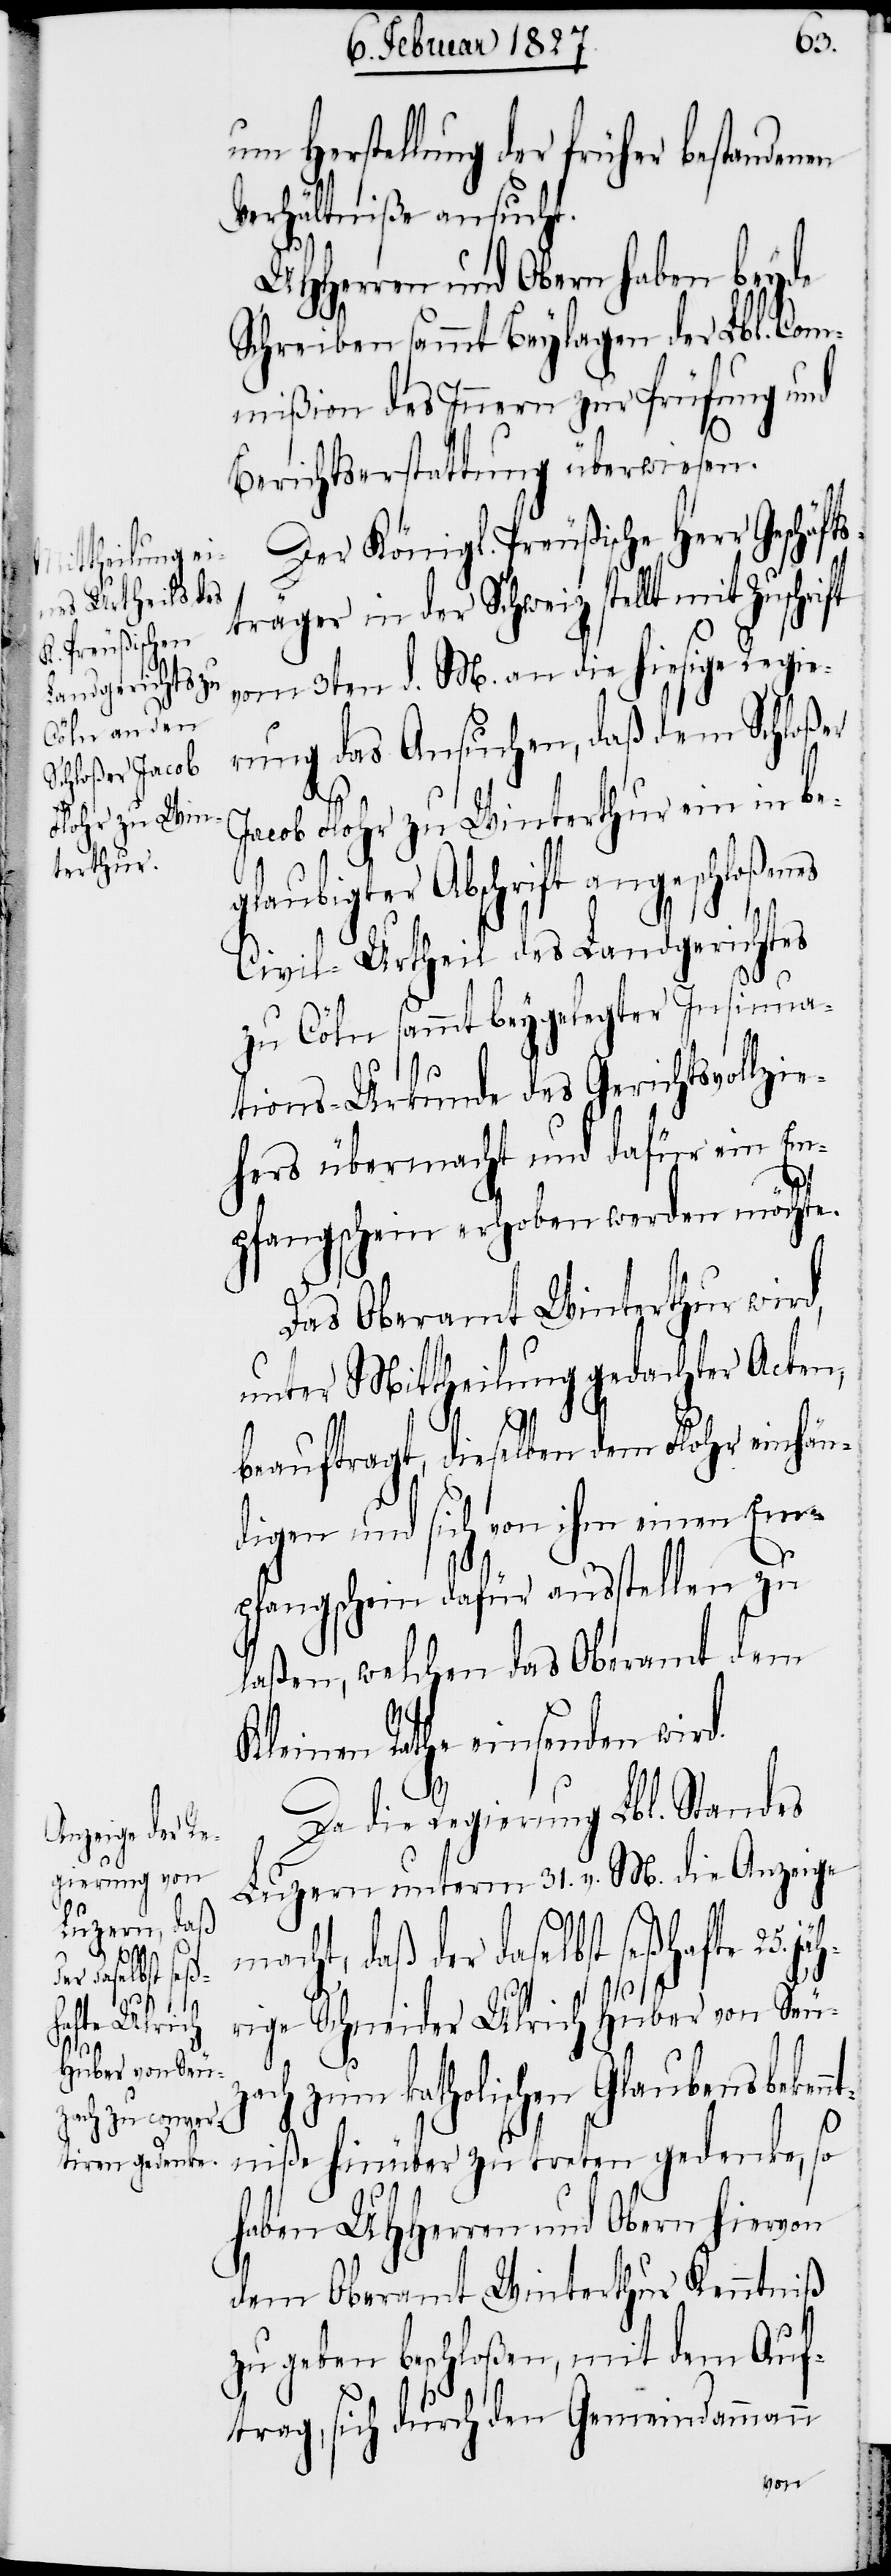
glau¬
jäh¬
ie¬

um Herstellung der früher bestandenen
Verhältniße ansucht.
UHHerren und Obern haben beyde
Schreiben sammt Beylagen der Lbl. Com¬
mißion des Innern zur Prüfung und
Berichtserstattung überwiesen.
Der Königl. Preußische Herr Geschäf¬
träger in der Schweiz stellt mit
vom 3ten d. M. an die hiesige Regie¬
rung das Ansuchen, daß dem Schloßer
Jacob Flohr zu Winterthur ein in be¬
bigter Abschrift angeschloße¬
Civil-Urtheil des Landgerichtes
zu Cöln sammt beygelegter Insinua¬
tions-Urkunde des Gerichtsvollz¬
hers übermacht und dafür ein Em¬
pfangschein erhoben werden möchte.
Das Oberamt Winterthur wird,
unter Mittheilung gedachter Acten,
beauftragt, dieselben dem Flohr einhän¬
digen und sich von ihm einen Em¬
pfangschein dafür ausstellen zu
laßen, welchen das Oberamt dem
Kleinen Rathe einsenden wird.
Da die Regierung Lbl. Standes
Luzern unterm 31. v. M. die Anzeige
macht, daß der daselbst seßhafte 25.
rige Schneider Ulrich Huber von Seu¬
zach zum katholischen Glaubensbeken¬
ntniße hinüber zu treten gedenke, so
haben UHHerren und Obern hiervon
dem Oberamt Winterthur Kenntniß
zu geben beschloßen, mit dem Auf¬
trag, sich durch den Gemeindammann